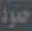
حمود